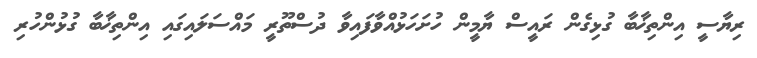
ރިޔާސީ އިންތިޚާބާ ގުޅިގެން ރައީސް ޔާމީން ހުށަހަޅުއްވާފައިވާ ދުސްތޫރީ މައްސަލައިގައި އިންތިޚާބާ ގުޅުންހުރި